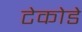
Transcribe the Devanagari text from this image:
टेकोडे